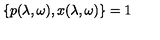
\{ p ( \lambda , \omega ) , x ( \lambda , \omega ) \} = 1